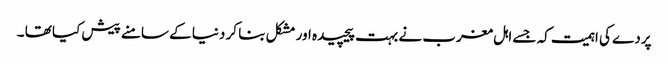
پردے کی اہمیت کہ جسے اہل مغرب نے بہت پیچیدہ اور مشکل بنا کر دنیا کے سامنے پیش کیا تھا ۔